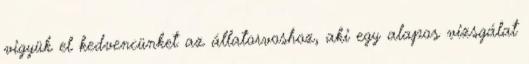
vigyük el kedvencünket az állatorvoshoz, aki egy alapos vizsgálat